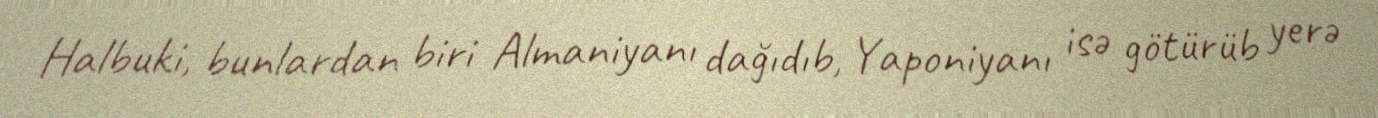
Halbuki, bunlardan biri Almaniyanı dağıdıb, Yaponiyanı isə götürüb yerə